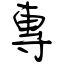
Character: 專